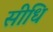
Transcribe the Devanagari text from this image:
सीधि